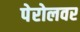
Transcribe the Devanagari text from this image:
पेरोलवर